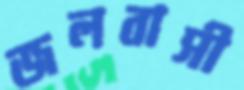
জলবাসী